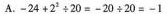
A.$$- 2 4 + 2 ^ { 2 } \div 2 0 = - 2 0 \div